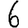
Digit: 6